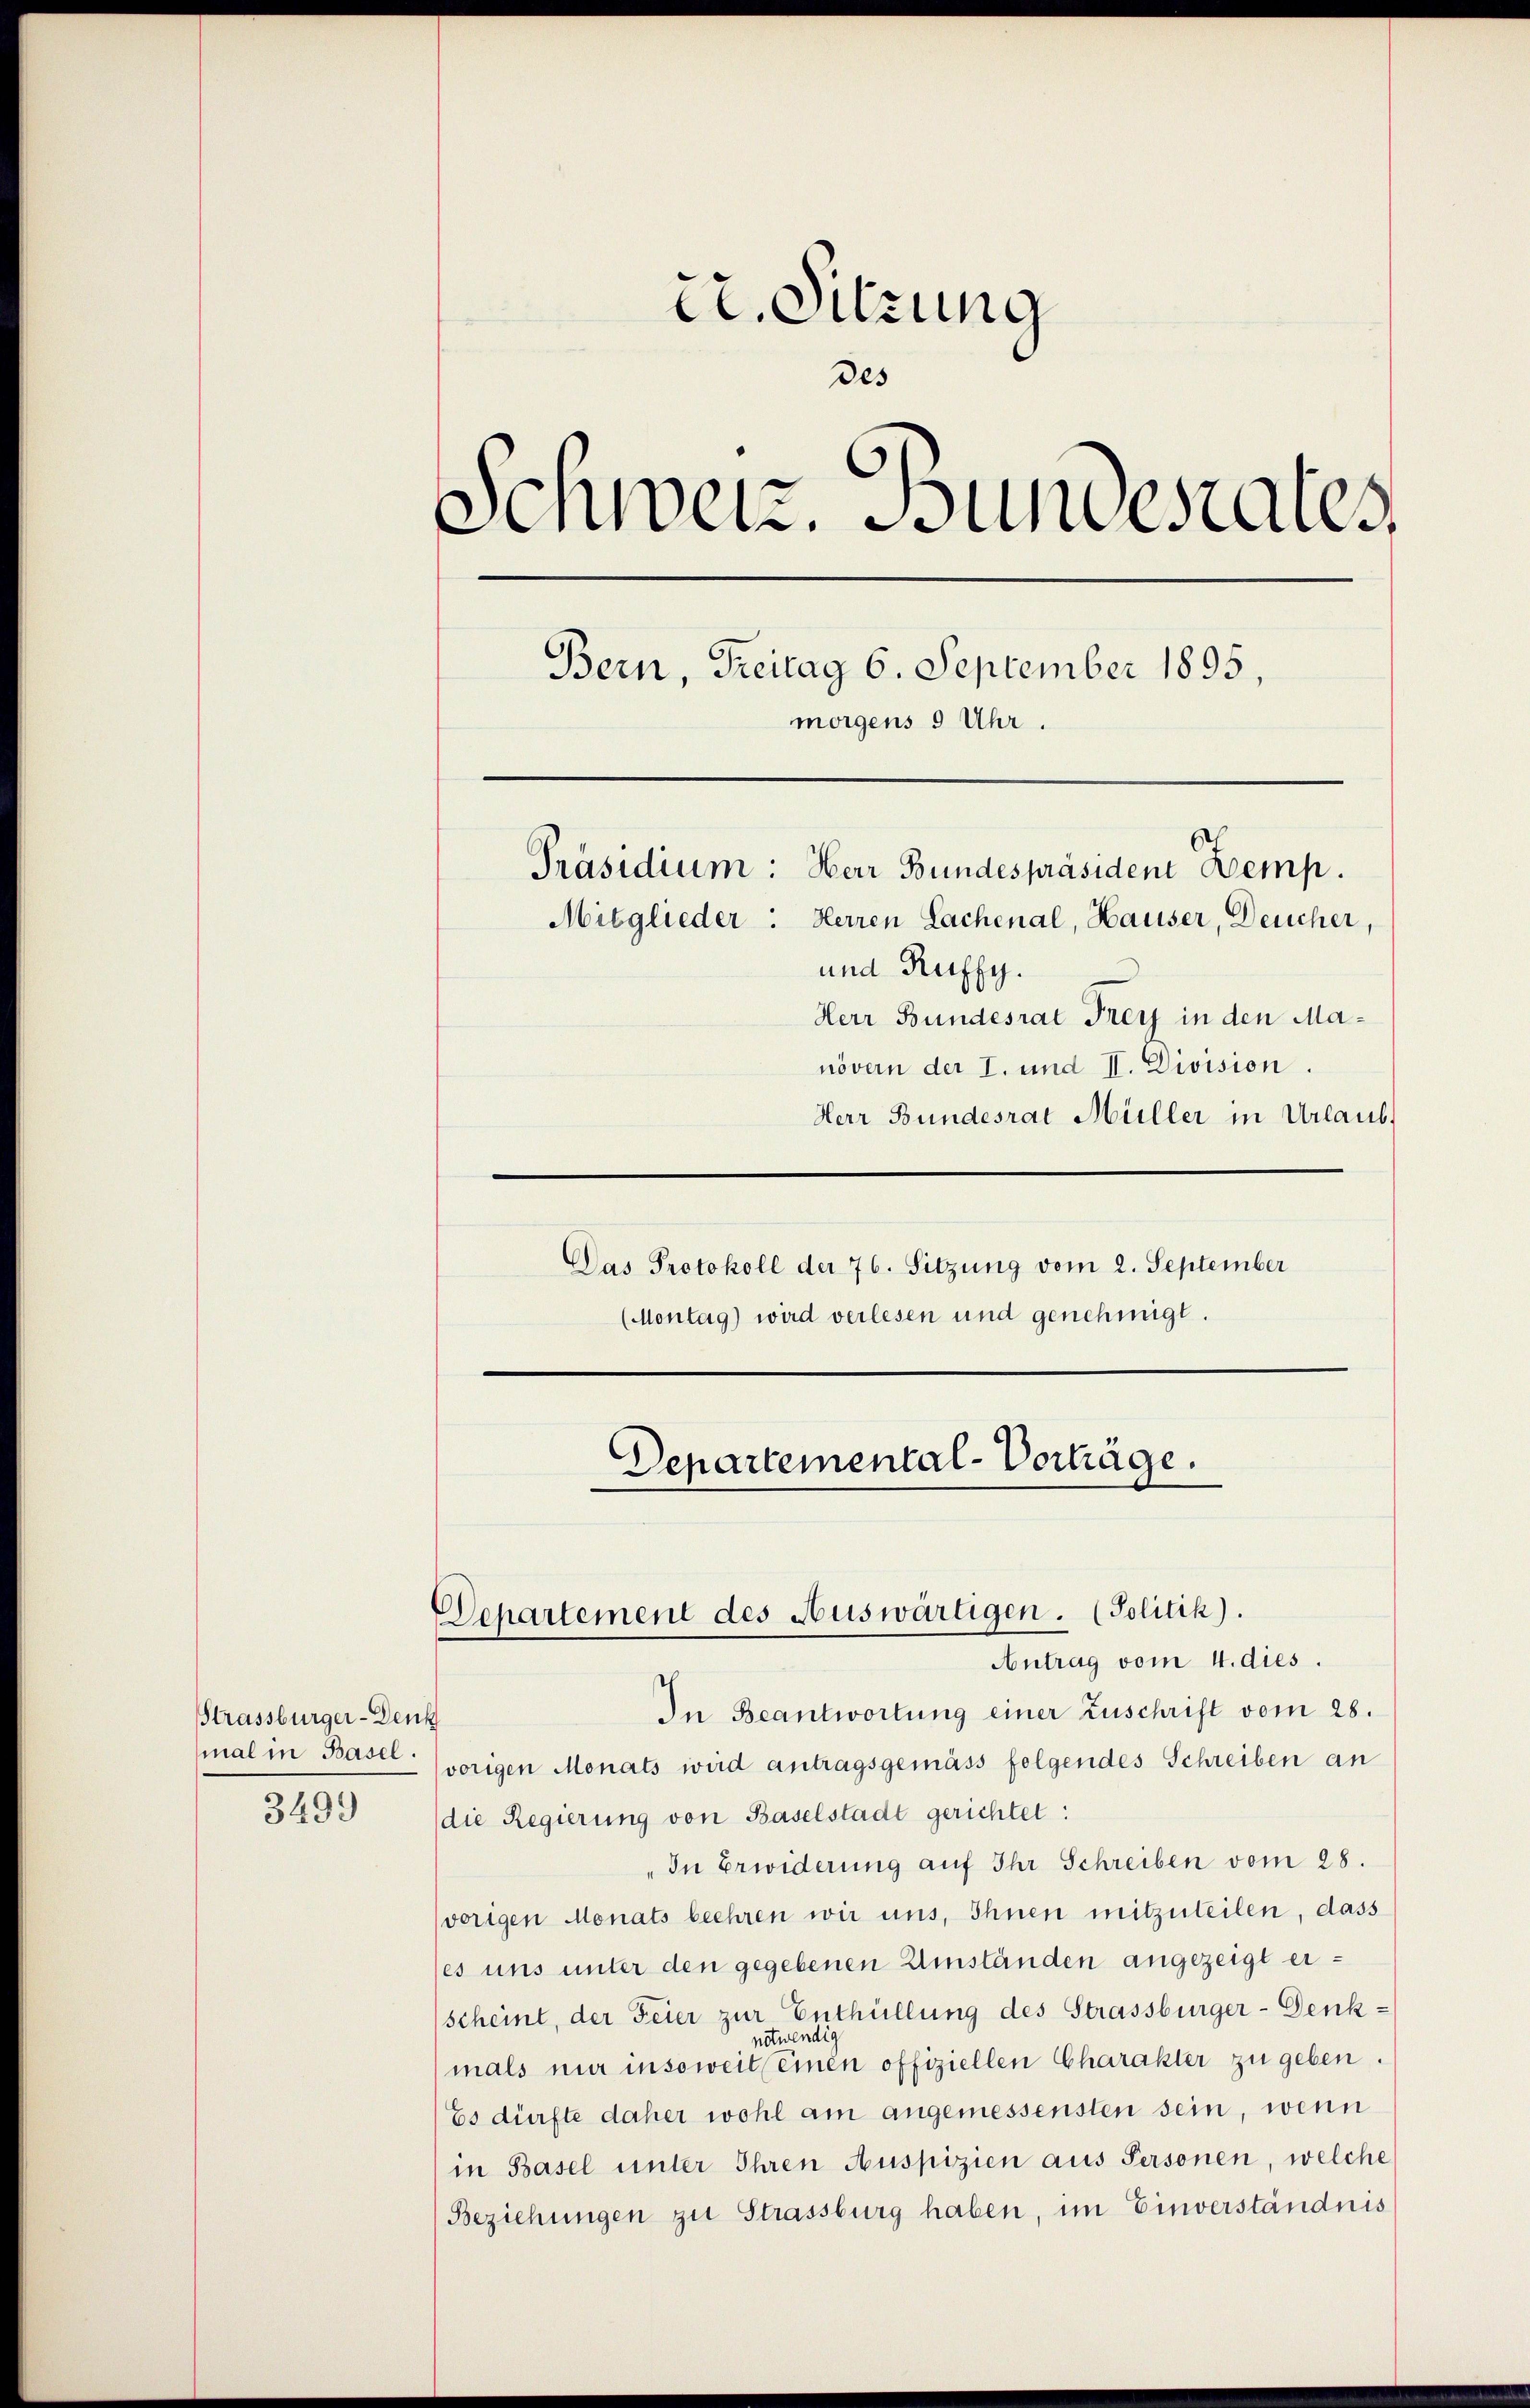
SStrassburger-Den
mal in Basel.

3499

tr. Sitzung
des
Schweiz. Bundesrates
Bern, Freitag 6. September 1895,
morgens 9 Uhr.
Präsidium: Herr Bundespräsident Kemp.
Mitglieder. Herren Lachenal, Hauser, Deucher,
und Ruffy.
Herr Bundesrat Frey in den Ma¬

Departemental-Vorträge.
Departement des Auswärtigen. (Politik).
Antrag vom 4. dies.

növern der I. und II. Division.
Herr Bundesrat Müller in Urlaub,
Das Protokoll der 76. Sitzung vom 2. September
(Montag) wird verlesen und genehmigt.

In Beantwortung einer Zuschrift vom 28.
b
vorigen Monats wird antragsgemäss folgendes Schreiben an
die Regierung von Baselstadt gerichtet:
„In Erwiderung auf Ihr Schreiben vom 28.
vorigen Monats beehren wir uns, Ihnen mitzuteilen, dass
(es uns unter den gegebenen Umständen angezeigt erscheint, der Feier zur Enthüllung des Strassburger-Denk-
mals nur insoweit einen offiziellen Charakter zu geben.
Es dürfte daher wohl am angemessensten sein, wenn
in Basel unter Ihren Auspizien aus Personen, welche
(Beziehungen zu Strassburg haben, im Einverständnis